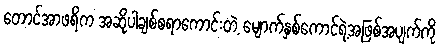
တောင်အာဖရိက အဆိုပါချစ်စရာကောင်းတဲ့ မျောက်နှစ်ကောင်ရဲ့အဖြစ်အပျက်ကို